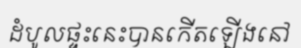
ដំបូលផ្ទះនេះបានកើតឡើងនៅ